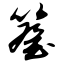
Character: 簦